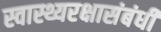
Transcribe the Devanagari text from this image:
स्वास्थ्यरक्षासंबंधी